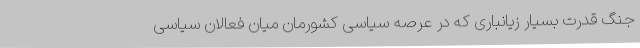
جنگ قدرت بسیار زیانباری که در عرصه سیاسی کشورمان میان فعالان سیاسی